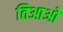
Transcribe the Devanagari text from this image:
तिआओ